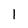
Character: 1